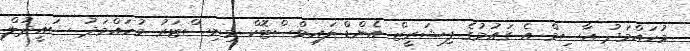
މުހައްމަދު އާސިމް އެ ގައުމުގެ ފިޝަރީޒް އެންޑް ލައިވްސްޓޮކް މިނިސްޓަރު މުހައްމަދު ސައީދުލް